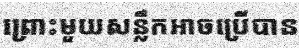
ព្រោះមួយសន្លឹកអាចប្រើបាន